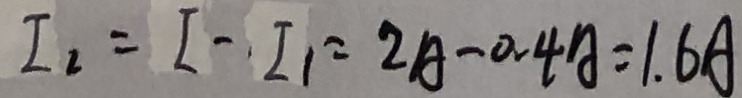
I _ { 2 } = I - I _ { 2 } = 2 A - 0 . 4 A = 1 . 6 A